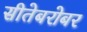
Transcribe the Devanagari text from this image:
सीतेबरोबर